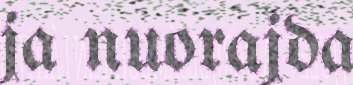
ja nuorajda